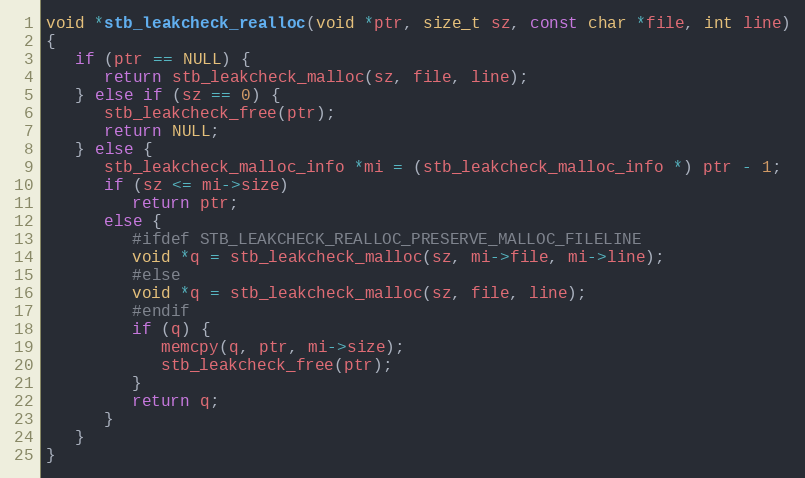
Language: C
void *stb_leakcheck_realloc(void *ptr, size_t sz, const char *file, int line)
{
   if (ptr == NULL) {
      return stb_leakcheck_malloc(sz, file, line);
   } else if (sz == 0) {
      stb_leakcheck_free(ptr);
      return NULL;
   } else {
      stb_leakcheck_malloc_info *mi = (stb_leakcheck_malloc_info *) ptr - 1;
      if (sz <= mi->size)
         return ptr;
      else {
         #ifdef STB_LEAKCHECK_REALLOC_PRESERVE_MALLOC_FILELINE
         void *q = stb_leakcheck_malloc(sz, mi->file, mi->line);
         #else
         void *q = stb_leakcheck_malloc(sz, file, line);
         #endif
         if (q) {
            memcpy(q, ptr, mi->size);
            stb_leakcheck_free(ptr);
         }
         return q;
      }
   }
}